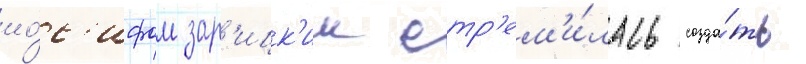
ио́с'ифом зар'ицк'им стр'ем'и́лась созда́ть